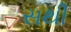
સથી